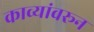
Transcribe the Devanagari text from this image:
काव्यांवरून